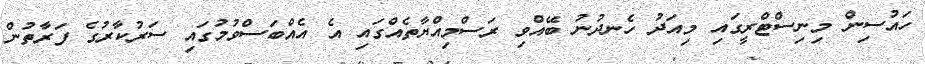
ހައުސިން މިނިސްޓްރީގައި މިއަދު ހެނދުނު ބޭއްވި ރަސްމިއްޔާތެއްގައި އެ އެއްބަސްވުމުގައި ސަރުކާރުގެ ފަރާތުން